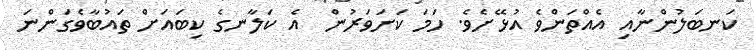
ކަނބަލުންނާއި އެއްތަންވެ އުޅޭށެވެ. ހަމަ ކަށަވަރުން  އެ ކަލާނގެ ކިބައަށް ތައުބާވެގަންނަ